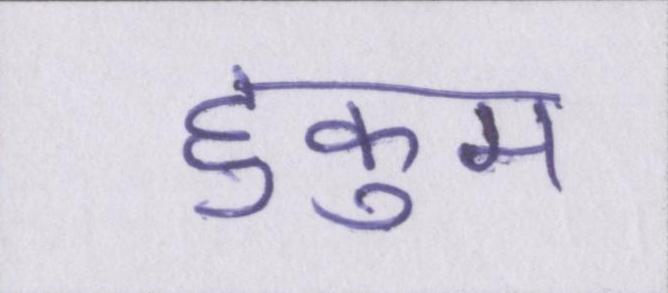
हुकुम